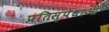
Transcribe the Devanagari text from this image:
प्रतिस्पेधाओं